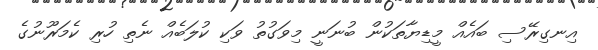
އިނގިރޭސި ބައެއް މީޑިޔާތަކުން ބުނަނީ މިވަގުތު ވަކި ކުލަބެއް ނެތި ހުރި ކެމަރޫނުގެ